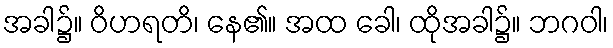
အခါ၌။ ဝိဟရတိ၊ နေ၏။ အထ ခေါ၊ ထိုအခါ၌။ ဘဂဝါ၊